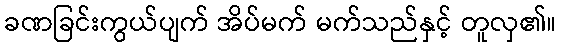
ခဏခြင်းကွယ်ပျက် အိပ်မက် မက်သည်နှင့် တူလှ၏။